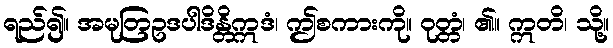
ရည်၍။ အမုတြဥဒပါဒိန္တိဣဒံ၊ ဤစကားကို။ ဝုတ္တံ၊ ၏။ ဣတိ၊ သို့။